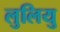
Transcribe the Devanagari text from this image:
लुलियु